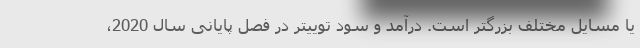
یا مسایل مختلف بزرگتر است. درآمد و سود توییتر در فصل پایانی سال 2020،